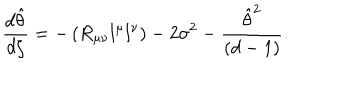
{ \frac { d \hat { \theta } } { d \zeta } } = - \left( R _ { \mu \nu } l ^ { \mu } l ^ { \nu } \right) - 2 \sigma ^ { 2 } - { \frac { { \hat { \theta } } ^ { 2 } } { ( d - 1 ) } } .